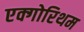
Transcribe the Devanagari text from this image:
एक्गोरिथम